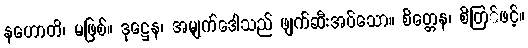
နဟောတိ၊ မဖြစ်။ ဒုဋ္ဌေန၊ အမျက်ဒေါသည် ဖျက်ဆီးအပ်သော။ စိတ္တေန၊ စိတြ်ဖင့်။